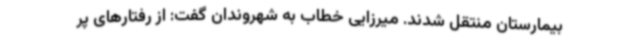
بیمارستان منتقل شدند. میرزایی خطاب به شهروندان گفت: از رفتارهای پر